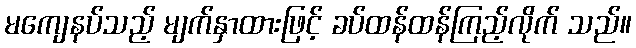
မကျေနပ်သည့် မျက်နှာထားဖြင့် ခပ်ထန်ထန်ကြည့်လိုက် သည်။